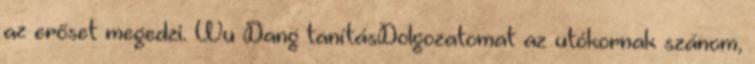
az erőset megedzi. Wu Dang tanításDolgozatomat az utókornak szánom,